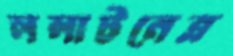
ললাটনেত্র